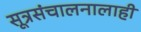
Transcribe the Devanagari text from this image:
सूत्रसंचालनालाही